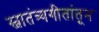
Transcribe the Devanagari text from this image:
स्वातंत्र्यगीतांतून